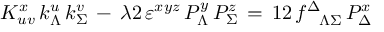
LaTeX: K _ { u v } ^ { x } \, k _ { \Lambda } ^ { u } \, k _ { \Sigma } ^ { v } \, - \, { \o { \lambda } { 2 } } \, \varepsilon ^ { x y z } \, { \cal P } _ { \Lambda } ^ { y } \, { \cal P } _ { \Sigma } ^ { z } \, = \, { \o { 1 } { 2 } } \, f _ { \phantom { \Delta } \Lambda \Sigma } ^ { \Delta } \, { \cal P } _ { \Delta } ^ { x }